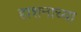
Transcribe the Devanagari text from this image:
हाशनाच्या